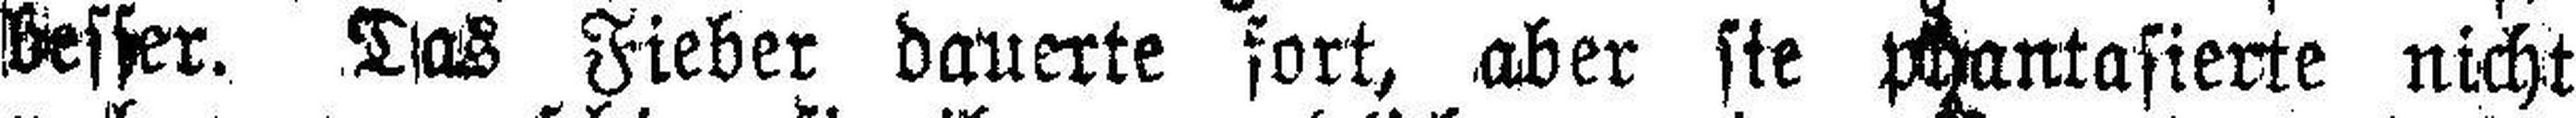
besser. Das Fieber dauerte fort, aber sie phantasierte nicht